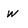
Character: w